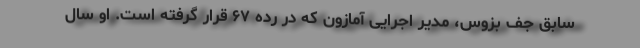
سابق جف بزوس، مدیر اجرایی آمازون که در رده ۶۷ قرار گرفته است. او سال